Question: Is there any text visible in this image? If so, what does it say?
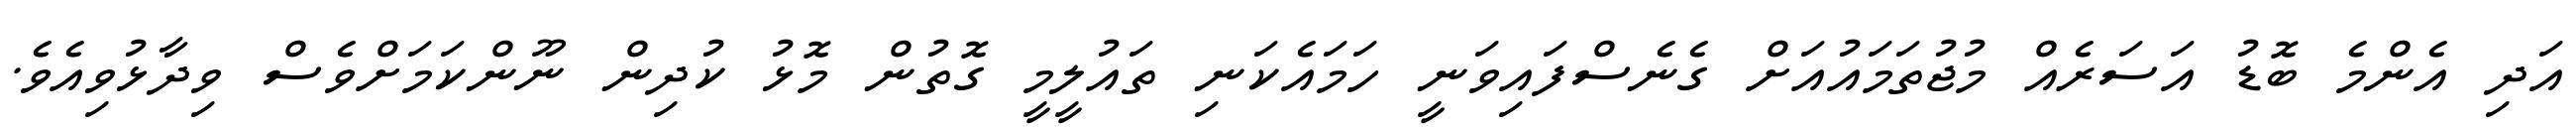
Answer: އަދި އެންމެ ބޮޑު އަސަރެއް މުޖުތަމައުއަށް ގެނެސްފައިވަނީ ހަމައެކަނި ތައުލީމީ ގޮތުން މޮޅު ކުދިން ނޫންކަމަށްވެސް ވިދާޅުވިއެވެ.